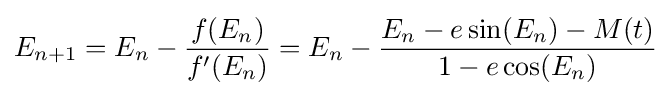
E_{n+1}=E_{n}-{\frac {f(E_{n})}{f'(E_{n})}}=E_{n}-{\frac {E_{n}-e\sin(E_{n})-M(t)}{1-e\cos(E_{n})}}